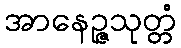
အာနေဉ္ဇသုတ္တံ